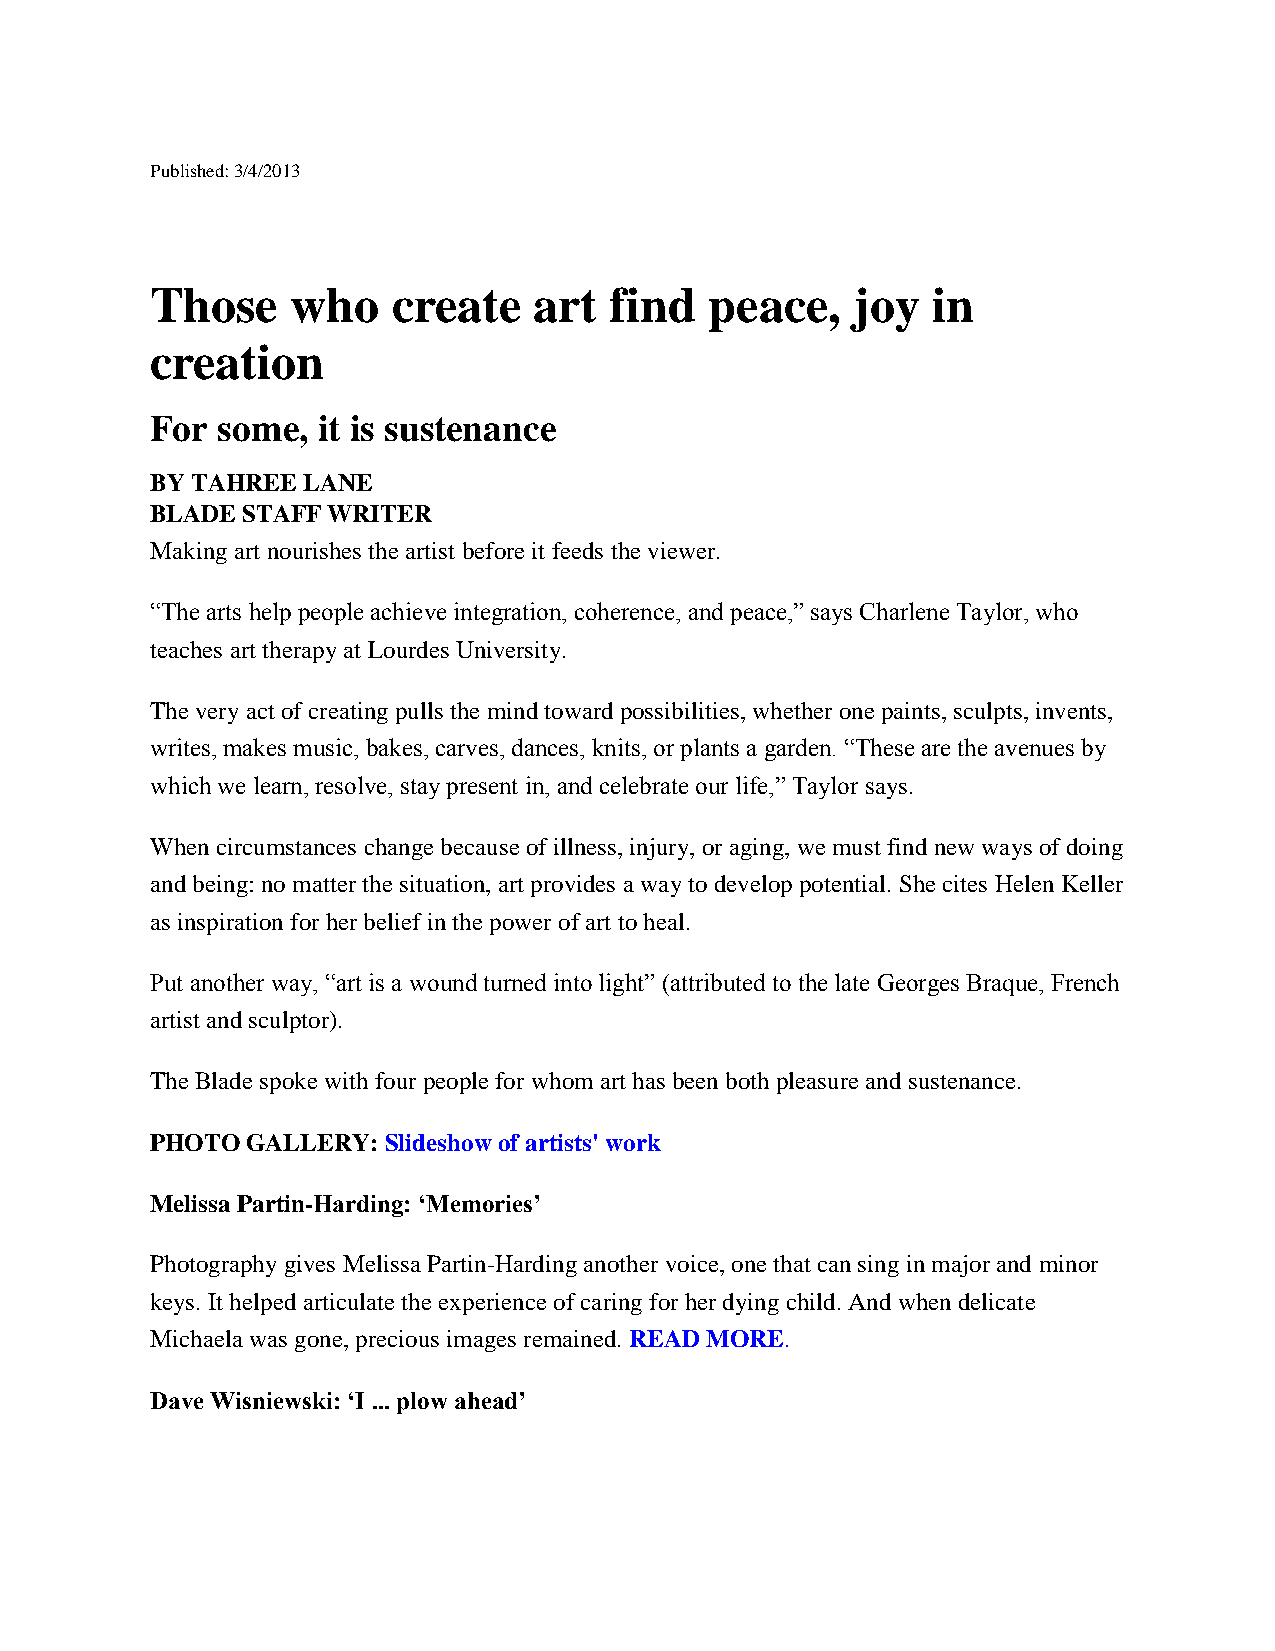
Published: 3/4/2013
 Those    who    create   art  find   peace,   joy   in
 creation
 For some,  it is sustenance
 BY TAHREE LANE
 BLADE STAFF WRITER
 Making art nourishes the artist before it feeds the viewer.
 “The arts help people achieve integration, coherence, and peace,” says Charlene Taylor, who
 teaches art therapy at Lourdes University.
 The very act of creating pulls the mind toward possibilities, whether one paints, sculpts, invents,
 writes, makes music, bakes, carves, dances, knits, or plants a garden. “These are the avenues by
 which we learn, resolve, stay present in, and celebrate our life,” Taylor says.
 When circumstances change because of illness, injury, or aging, we must find new ways of doing
 and being: no matter the situation, art provides a way to develop potential. She cites Helen Keller
 as inspiration for her belief in the power of art to heal.
 Put another way, “art is a wound turned into light” (attributed to the late Georges Braque, French
 artist and sculptor).
 The Blade spoke with four people for whom art has been both pleasure and sustenance.
 PHOTO GALLERY: Slideshow of artists' work
 Melissa Partin-Harding: ‘Memories’
 Photography gives Melissa Partin-Harding another voice, one that can sing in major and minor
 keys. It helped articulate the experience of caring for her dying child. And when delicate
 Michaela was gone, precious images remained. READ MORE.
 Dave Wisniewski: ‘I ... plow ahead’